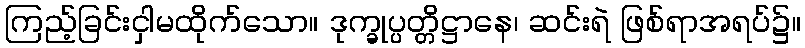
ကြည့်ခြင်းငှါမထိုက်သော။ ဒုက္ခုပ္ပတ္တိဋ္ဌာနေ၊ ဆင်းရဲ ဖြစ်ရာအရပ်၌။